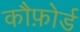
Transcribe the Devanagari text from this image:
कौफ़ोर्ड